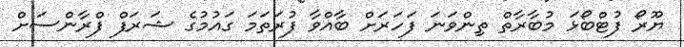
ޔޫރޯ ފުޓްބޯޅަ މުބާރާތް ތިންވަނަ ފަހަރަށް ބާއްވާ ފުރަތަމަ ގައުމުގެ ޝަރަފް ފްރާންސަށް